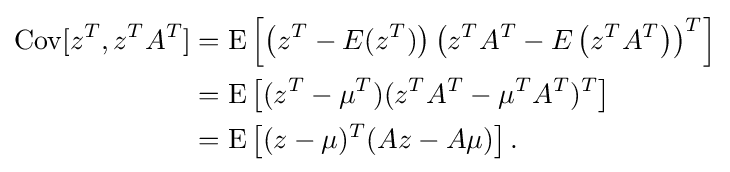
{\begin{aligned}\operatorname {Cov} [z^{T},z^{T}A^{T}]&=\operatorname {E} \left[\left(z^{T}-E(z^{T})\right)\left(z^{T}A^{T}-E\left(z^{T}A^{T}\right)\right)^{T}\right]\\&=\operatorname {E} \left[(z^{T}-\mu ^{T})(z^{T}A^{T}-\mu ^{T}A^{T})^{T}\right]\\&=\operatorname {E} \left[(z-\mu )^{T}(Az-A\mu )\right].\end{aligned}}